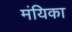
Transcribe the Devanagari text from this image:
मंयिका